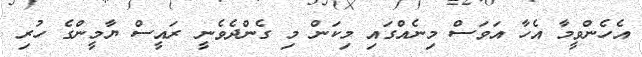
އެހެންވީމާ އެހާ އަވަސް މިނެއްގައި މިކަން މި ގެންދެވެނީ ރައީސް ޔާމީންގެ ހުރި